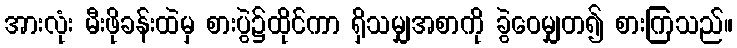
အားလုံး မီးဖိုခန်းထဲမှ စားပွဲ၌ထိုင်ကာ ရှိသမျှအစာကို ခွဲဝေမျှတ၍ စားကြသည်။